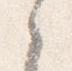
之